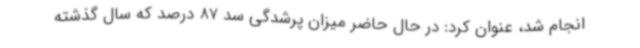
انجام شد، عنوان کرد: در حال حاضر میزان پرشدگی سد 87 درصد که سال گذشته